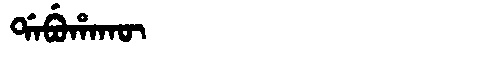
Manchu: ᡩᠠᠪᡠᡥᠠᡴᡡ
Romanization: DABUHAKŪ